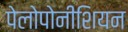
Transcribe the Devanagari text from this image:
पेलोपोनीशियन